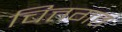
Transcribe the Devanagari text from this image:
चित्तगत